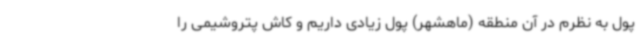
پول به نظرم در آن منطقه (ماهشهر) پول زیادی داریم و کاش پتروشیمی را